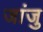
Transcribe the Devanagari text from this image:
जांजु